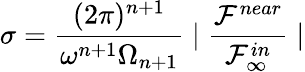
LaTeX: \sigma=\frac{(2\pi)^{n+1}}{\omega^{n+1}\Omega_{n+1}}\mid\frac{{\cal F}^{near}}{{\cal F}_{\infty}^{in}}\mid